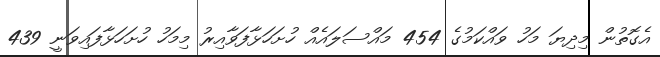
އެގޮތުން މިދިޔަ މަހު ވައްކަމުގެ 454 މައްސަލައެއް ހުށަހަޅާފަވާއިރު މިމަހު ހުށަހަޅާފައިވަނީ 439